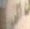
المر